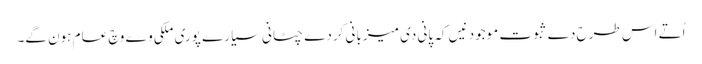
اُتے اس طرح دے ثبوت موجود نیں کہ پانی دی میزبانی کردے چٹانی سیارے پوری ملکی وے وچ عام ہون گے۔